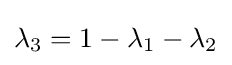
\lambda _{3}=1-\lambda _{1}-\lambda _{2}